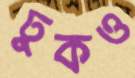
ঢুকও